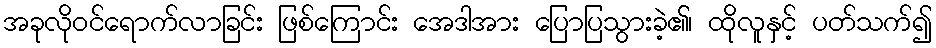
အခုလိုဝင်ရောက်လာခြင်း ဖြစ်ကြောင်း အေဒါအား ပြောပြသွားခဲ့၏၊ ထိုလူနှင့် ပတ်သက်၍